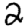
Digit: 2